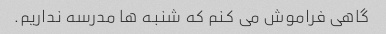
گاهی فراموش می کنم که شنبه ها مدرسه نداریم.